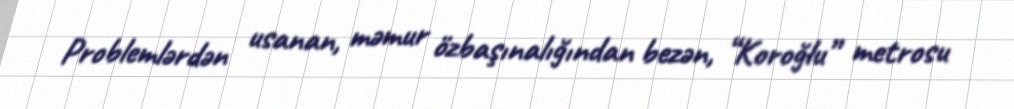
Problemlərdən usanan, məmur özbaşınalığından bezən, “Koroğlu” metrosu